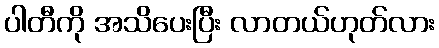
ပါတီကို အသိပေးပြီး လာတယ်ဟုတ်လား